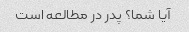
آیا شما؟ پدر در مطالعه است